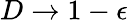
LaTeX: D\to 1-\epsilon